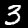
Digit: 3